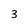
Character: 3